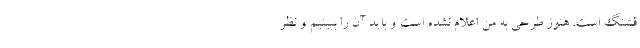
قشنگ است. هنوز طرحی به من اعلام نشده است و باید آن را ببینیم و نظر